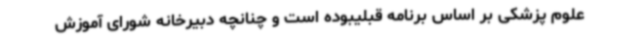
علوم پزشکی بر اساس برنامه قبلیبوده است و چنانچه دبیرخانه شورای آموزش